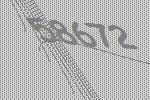
58672